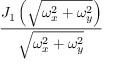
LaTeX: \frac { J _ { 1 } \left( { \sqrt { \omega _ { x } ^ { 2 } + \omega _ { y } ^ { 2 } } } \right) } { \sqrt { \omega _ { x } ^ { 2 } + \omega _ { y } ^ { 2 } } }